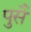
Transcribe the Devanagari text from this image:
पुसै